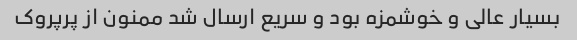
بسیار عالی و خوشمزه بود و سریع ارسال شد ممنون از پرپروک